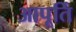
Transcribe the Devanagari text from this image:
आपूर्ति